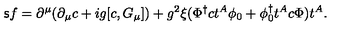
{ \sf s } f = \partial ^ { \mu } ( \partial _ { \mu } c + i g [ c , G _ { \mu } ] ) + g ^ { 2 } \xi ( \Phi ^ { \dagger } c t ^ { A } \phi _ { 0 } + \phi _ { 0 } ^ { \dagger } t ^ { A } c \Phi ) t ^ { A } .